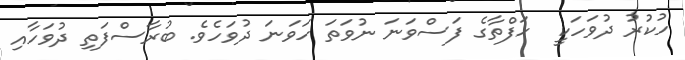
ހުކުރު ދުވަހަކީ  ހަފްތާގެ ފަސްވަނަ ނުވަތަ ހަވަނަ ދުވަހެވެ. ބުރާސްފަތި ދުވަހާއި